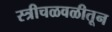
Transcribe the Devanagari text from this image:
स्त्रीचळवळीतून